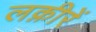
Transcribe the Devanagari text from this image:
लक़ीरें